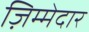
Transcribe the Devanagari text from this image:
ज़िम्‍मेदार